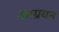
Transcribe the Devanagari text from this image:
आग्रवन